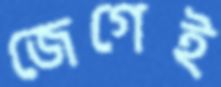
জেগেই